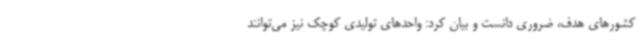
کشورهای هدف، ضروری دانست و بیان کرد: واحدهای تولیدی کوچک نیز می‌توانند